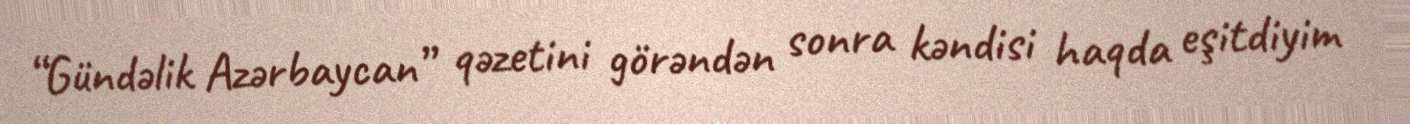
“Gündəlik Azərbaycan” qəzetini görəndən sonra kəndisi haqda eşitdiyim